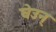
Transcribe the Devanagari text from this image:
घेउन्